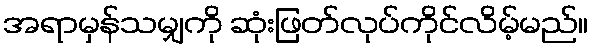
အရာမှန်သမျှကို ဆုံးဖြတ်လုပ်ကိုင်လိမ့်မည်။